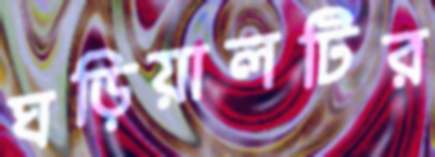
ঘড়িয়ালটির